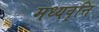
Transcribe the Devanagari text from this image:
मध्यवृत्ति